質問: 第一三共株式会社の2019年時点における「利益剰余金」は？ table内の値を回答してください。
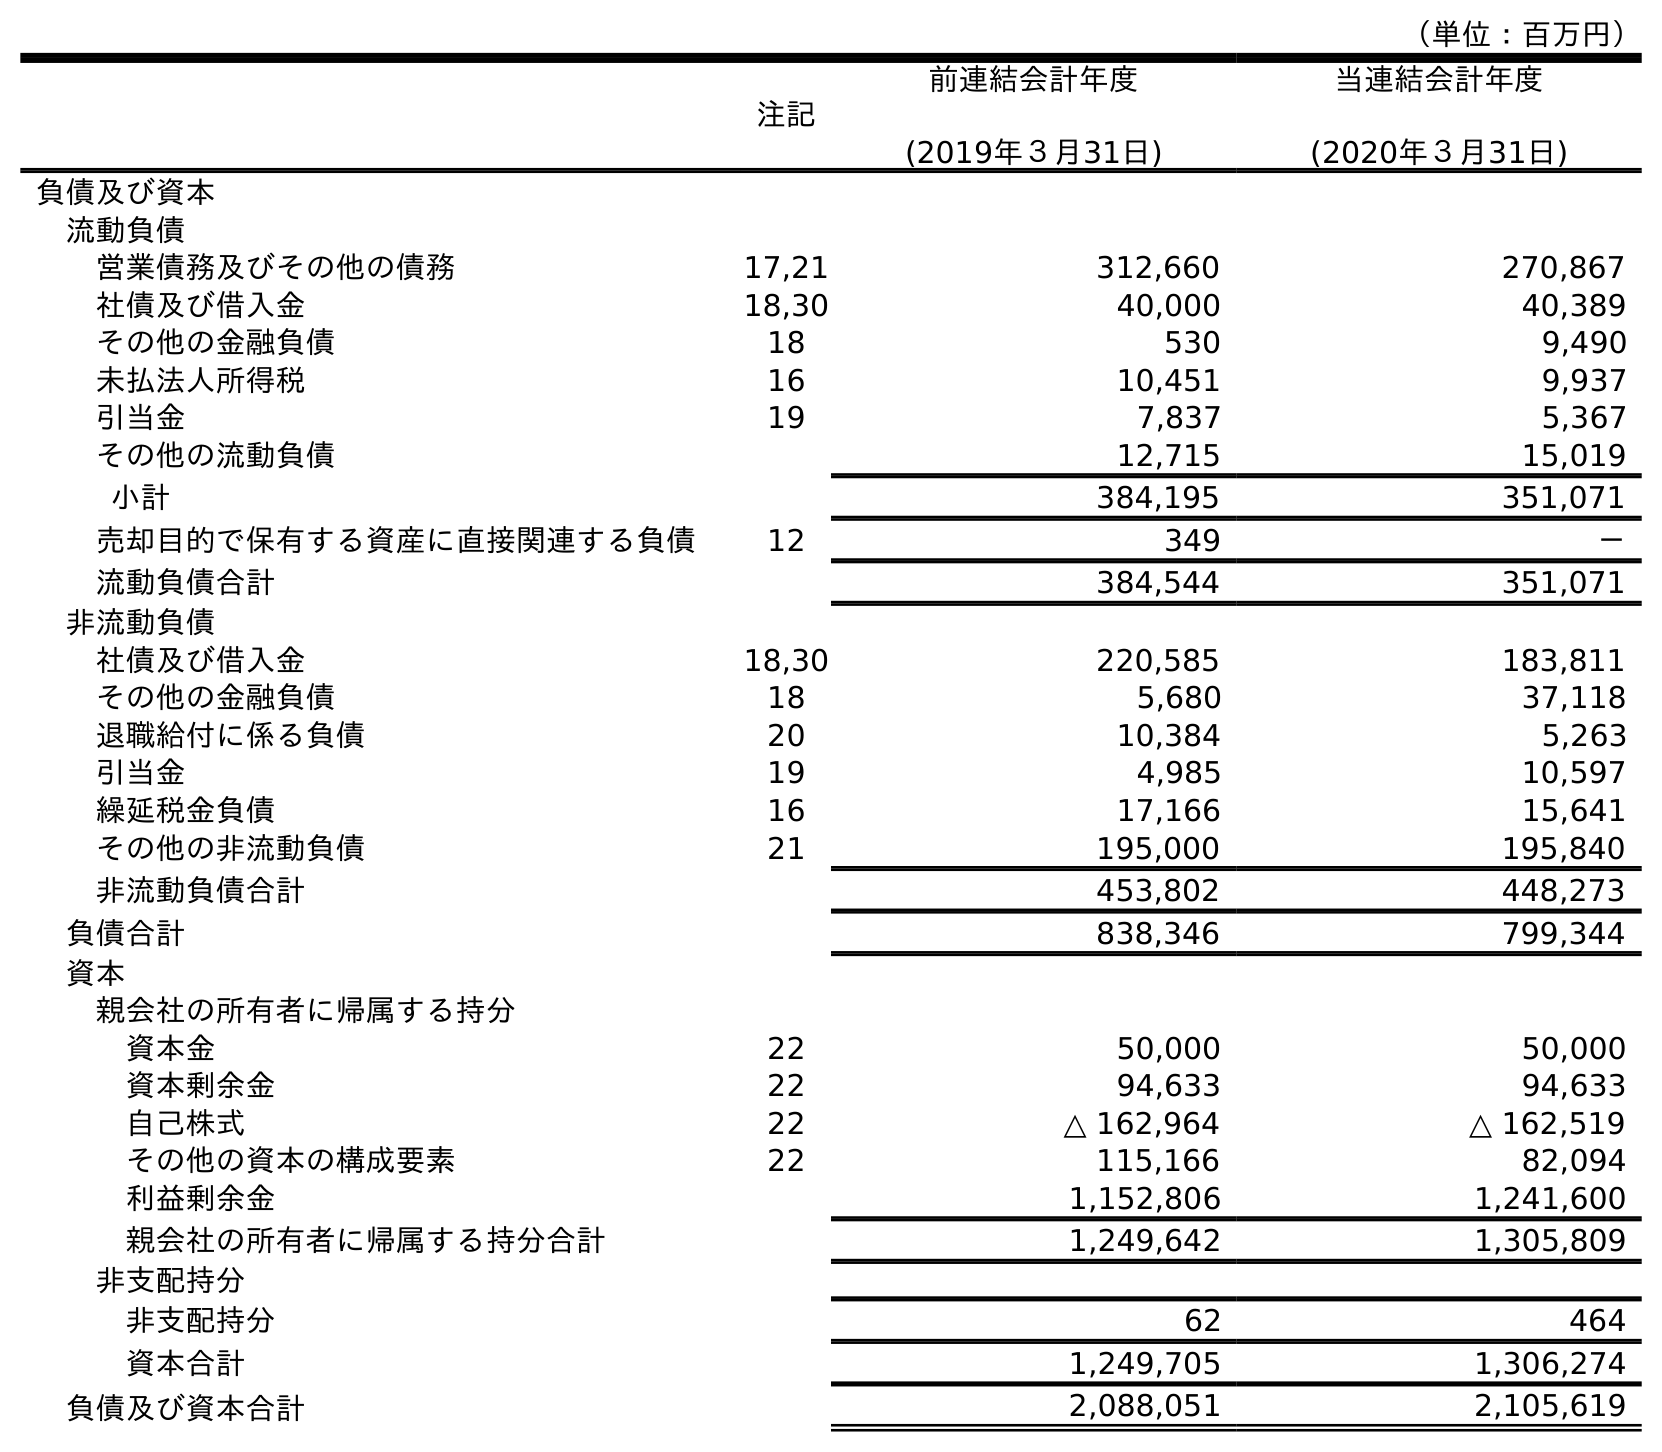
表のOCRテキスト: （単位：百万円） 注記 前連結会計年度 (2019年３月31日) 当連結会計年度 (2020年３月31日) 負債及び資本 流動負債 営業債務及びその他の債務 17,21 312,660 270,867 社債及び借入金 18,30 40,000 40,389 その他の金融負債 18 530 9,490 未払法人所得税 16 10,451 9,937 引当金 19 7,837 5,367 その他の流動負債 12,715 15,019 小計 384,195 351,071 売却目的で保有する資産に直接関連する負債 12 349 － 流動負債合計 384,544 351,071 非流動負債 社債及び借入金 18,30 220,585 183,811 その他の金融負債 18 5,680 37,118 退職給付に係る負債 20 10,384 5,263 引当金 19 4,985 10,597 繰延税金負債 16 17,166 15,641 その他の非流動負債 21 195,000 195,840 非流動負債合計 453,802 448,273 負債合計 838,346 799,344 資本 親会社の所有者に帰属する持分 資本金 22 50,000 50,000 資本剰余金 22 94,633 94,633 自己株式 22 △ 162,964 △ 162,519 その他の資本の構成要素 22 115,166 82,094 利益剰余金 1,152,806 1,241,600 親会社の所有者に帰属する持分合計 1,249,642 1,305,809 非支配持分 非支配持分 62 464 資本合計 1,249,705 1,306,274 負債及び資本合計 2,088,051 2,105,619
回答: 1,152,806